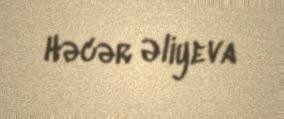
Həcər Əliyeva